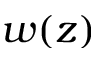
w ( z )